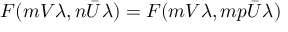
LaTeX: F ( m V \lambda , n \bar { U } \lambda ) = F ( m V \lambda , m p \bar { U } \lambda )